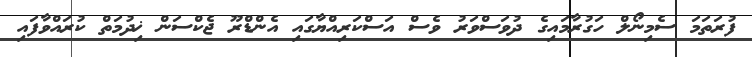
ފުރަތަމަ ސެމިނޯލް ހަގުރާމައިގެ ދުވަސްވަރު ވެސް އަސްކަރިއްޔާގައި އެންޑްރޫ ޖެކްސަން ޚިދުމަތް ކުރައްވާފައި